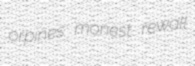
orpines monest rewall